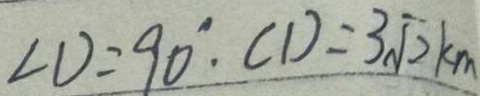
\angle D = 9 0 ^ { \circ } . C D = 3 \sqrt { 2 } k m